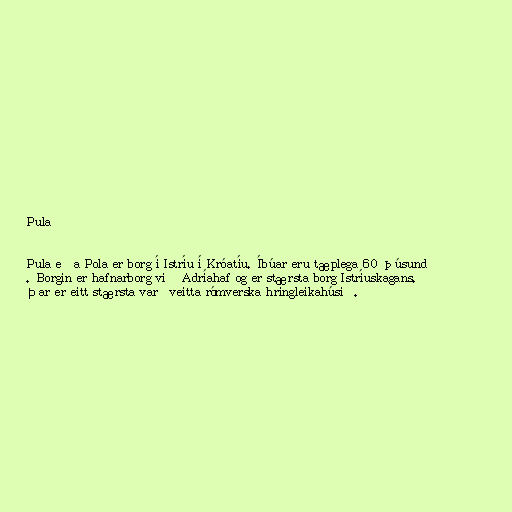
Pula

Pula eða Pola er borg í Istríu í Króatíu. Íbúar eru tæplega 60 þúsund
. Borgin er hafnarborg við Adríahaf og er stærsta borg Istríuskagans.
Þar er eitt stærsta varðveitta rómverska hringleikahúsið.